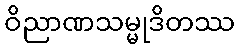
ဝိညာဏသမ္မုဒိတဿ